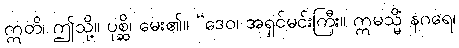
ဣတိ၊ ဤသို့။ ပုစ္ဆိ၊ မေး၏။ “ဒေဝ၊ အရှင်မင်းကြီး။ ဣမသ္မိံ နဂရေ၊